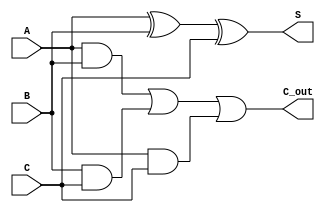
module carry_save_adder (
    input [7:0] A, // First operand
    input [7:0] B, // Second operand
    input [7:0] C, // Third operand
    output [7:0] S, // Sum output
    output [7:0] C_out // Carry output
);
    assign S = A ^ B ^ C; // Sum output
    assign C_out = (A & B) | (B & C) | (A & C); // Carry output
endmodule